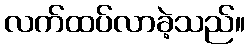
လက်ထပ်လာခဲ့သည်။